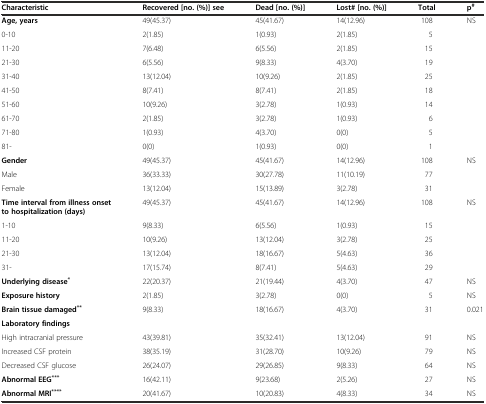
<table><thead><tr><td><b>Characteristic</b></td><td><b>Recovered [no. (%)] see</b></td><td><b>Dead [no. (%)]</b></td><td><b>Lost# [no. (%)]</b></td><td><b>Total</b></td><td><b>p<sup>#</sup></b></td></tr></thead><tbody><tr><td><b>Age, years</b></td><td>49(45.37)</td><td>45(41.67)</td><td>14(12.96)</td><td>108</td><td>NS</td></tr><tr><td>0-10</td><td>2(1.85)</td><td>1(0.93)</td><td>2(1.85)</td><td>5</td><td></td></tr><tr><td>11-20</td><td>7(6.48)</td><td>6(5.56)</td><td>2(1.85)</td><td>15</td><td></td></tr><tr><td>21-30</td><td>6(5.56)</td><td>9(8.33)</td><td>4(3.70)</td><td>19</td><td></td></tr><tr><td>31-40</td><td>13(12.04)</td><td>10(9.26)</td><td>2(1.85)</td><td>25</td><td></td></tr><tr><td>41-50</td><td>8(7.41)</td><td>8(7.41)</td><td>2(1.85)</td><td>18</td><td></td></tr><tr><td>51-60</td><td>10(9.26)</td><td>3(2.78)</td><td>1(0.93)</td><td>14</td><td></td></tr><tr><td>61-70</td><td>2(1.85)</td><td>3(2.78)</td><td>1(0.93)</td><td>6</td><td></td></tr><tr><td>71-80</td><td>1(0.93)</td><td>4(3.70)</td><td>0(0)</td><td>5</td><td></td></tr><tr><td>81-</td><td>0(0)</td><td>1(0.93)</td><td>0(0)</td><td>1</td><td></td></tr><tr><td><b>Gender</b></td><td>49(45.37)</td><td>45(41.67)</td><td>14(12.96)</td><td>108</td><td>NS</td></tr><tr><td>Male</td><td>36(33.33)</td><td>30(27.78)</td><td>11(10.19)</td><td>77</td><td></td></tr><tr><td>Female</td><td>13(12.04)</td><td>15(13.89)</td><td>3(2.78)</td><td>31</td><td></td></tr><tr><td><b>Time interval from illness onset to hospitalization (days)</b></td><td>49(45.37)</td><td>45(41.67)</td><td>14(12.96)</td><td>108</td><td>NS</td></tr><tr><td>1-10</td><td>9(8.33)</td><td>6(5.56)</td><td>1(0.93)</td><td>15</td><td></td></tr><tr><td>11-20</td><td>10(9.26)</td><td>13(12.04)</td><td>3(2.78)</td><td>25</td><td></td></tr><tr><td>21-30</td><td>13(12.04)</td><td>18(16.67)</td><td>5(4.63)</td><td>36</td><td></td></tr><tr><td>31-</td><td>17(15.74)</td><td>8(7.41)</td><td>5(4.63)</td><td>29</td><td></td></tr><tr><td><b>Underlying disease</b><sup><b>*</b></sup></td><td>22(20.37)</td><td>21(19.44)</td><td>4(3.70)</td><td>47</td><td>NS</td></tr><tr><td><b>Exposure history</b></td><td>2(1.85)</td><td>3(2.78)</td><td>0(0)</td><td>5</td><td>NS</td></tr><tr><td><b>Brain tissue damaged</b><sup><b>**</b></sup></td><td>9(8.33)</td><td>18(16.67)</td><td>4(3.70)</td><td>31</td><td>0.021</td></tr><tr><td><b>Laboratory findings</b></td><td></td><td></td><td></td><td></td><td></td></tr><tr><td>High intracranial pressure</td><td>43(39.81)</td><td>35(32.41)</td><td>13(12.04)</td><td>91</td><td>NS</td></tr><tr><td>Increased CSF protein</td><td>38(35.19)</td><td>31(28.70)</td><td>10(9.26)</td><td>79</td><td>NS</td></tr><tr><td>Decreased CSF glucose</td><td>26(24.07)</td><td>29(26.85)</td><td>9(8.33)</td><td>64</td><td>NS</td></tr><tr><td><b>Abnormal EEG</b><sup><b>***</b></sup></td><td>16(42.11)</td><td>9(23.68)</td><td>2(5.26)</td><td>27</td><td>NS</td></tr><tr><td><b>Abnormal MRI</b><sup><b>****</b></sup></td><td>20(41.67)</td><td>10(20.83)</td><td>4(8.33)</td><td>34</td><td>NS</td></tr></tbody></table>